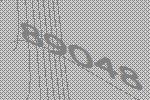
89048